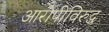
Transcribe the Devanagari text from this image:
आरोपींविरुद्ध